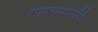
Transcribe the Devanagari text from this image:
भाष्यकरांचे